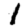
Digit: 1